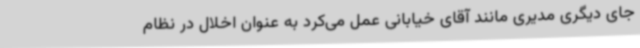
جای دیگری مدیری مانند آقای خیابانی عمل می‌کرد به عنوان اخلال در نظام